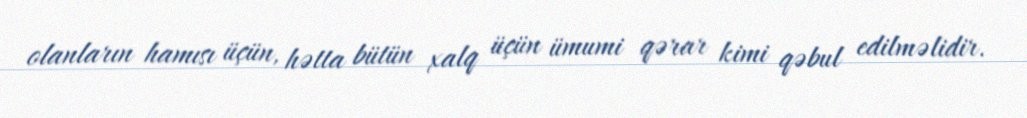
olanların hamısı üçün, hətta bütün xalq üçün ümumi qərar kimi qəbul edilməlidir.